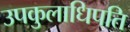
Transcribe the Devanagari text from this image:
उपकुलाधिपति